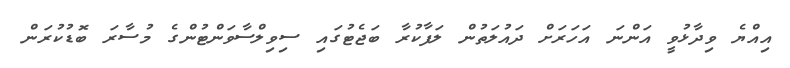
އިއްޔެ ވިދާޅުވީ އަންނަ އަހަރަށް ދައުލަތުން ލަފާކުރާ ބަޖެޓުގައި ސިވިލްސާވަންޓުންގެ މުސާރަ ބޮޑުކުރަން